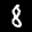
Label: 8